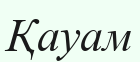
Қауам